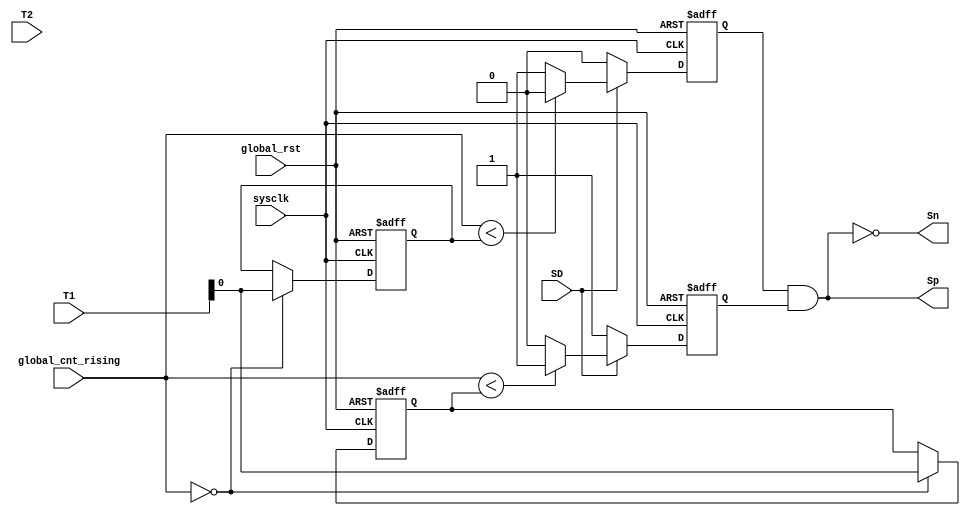
module rectifier_clk( Sp,       // Swithing signal
						Sn,			// Swithing signal
						
						T1,	// duty control
						T2,	// duty control
						
						SD,			 // Shutting down
						
						global_cnt_rising,	// rising edge
						
					   sysclk,        // clkin
					   global_rst    // global reset
);

input sysclk;
input global_rst;
input [15:0] global_cnt_rising;

input [15:0] T1;
input [15:0] T2;

input SD;

output reg Sp;
output reg Sn;

reg T1_shadow;
reg T2_shadow;
reg Sp1;
reg Sp2;

always @ (posedge sysclk or negedge global_rst)
if(!global_rst)
	T1_shadow <= 16'd0;
else begin
	if(global_cnt_rising == 16'd0) 
		T1_shadow <= T1;
end

always @ (posedge sysclk or negedge global_rst)
if(!global_rst)
	T2_shadow <= 16'd0;
else begin
	if(global_cnt_rising == 16'd0) 
		T2_shadow <= T1;
end

// Sp1
always @ (posedge sysclk or negedge global_rst) 
if (!global_rst)
	Sp1 <= 0;
else begin
	if (!SD) 
		Sp1 <= 1'b0;
	else begin
		if(global_cnt_rising < T1_shadow)
			 Sp1 <=1'b0;
		else
			 Sp1 <=1'b1;
	end
end

// Sp2
always @ (posedge sysclk or negedge global_rst) 
if (!global_rst)
	Sp2 <= 1;
else begin
	if (!SD) 
		Sp2 <= 1'b1;
	else begin
		if(global_cnt_rising < T2_shadow)
			 Sp2 <=1'b1;
		else
			 Sp2 <=1'b0;
	end
end

always @(*) begin
	Sp = Sp1 & Sp2;
end

always @(*) begin
	Sn = !Sp;
end
		
endmodule